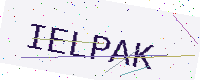
Text: IELPAK